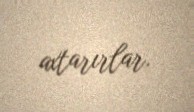
axtarırlar.